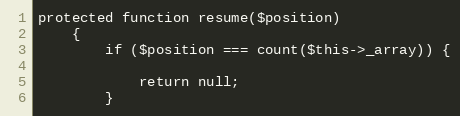
Language: PHP
protected function resume($position)
    {
        if ($position === count($this->_array)) {

            return null;
        }